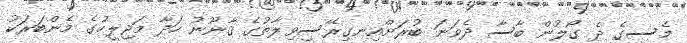
މެސީގެ ދެ ގޯލުން ބާސާ ދެވަނަ ބުރަށްއިނގިރޭސިވިލާތުގެ ޤާނޫނު ހަދާ މަޖިލީހުގެ މެންބަރަކު